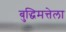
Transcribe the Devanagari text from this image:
बुद्धिमत्तेला